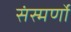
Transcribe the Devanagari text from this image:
संस्मर्णो